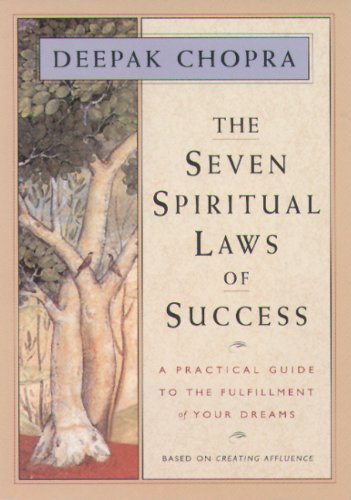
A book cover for The Seven Spiritual Laws of Success: A Practical Guide to the Fulfillment of Your Dreams; Deepak Chopra; Self-Help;